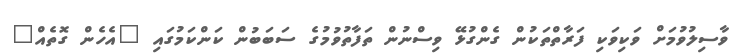
ވާސިލުވުމަށް ވަކިވަކި ފަރާތްތަކުން ގެންގުޅޭ ވިސްނުން ތަފާތުވުމުގެ ސަބަބުން ކަންކަމުގައި "އެހެން ގޮތެއް"